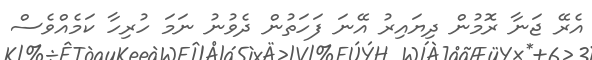
އެރޭ ޖަނާ ރޮމުން ދިޔައިރު އޭނަ ފަހަތުން ދެވުނު ނަމަ ހުރިހާ ކަމެއްވެސް